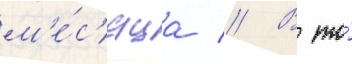
м'е́с'яца // В то́